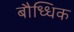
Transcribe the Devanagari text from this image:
बौध्धिक